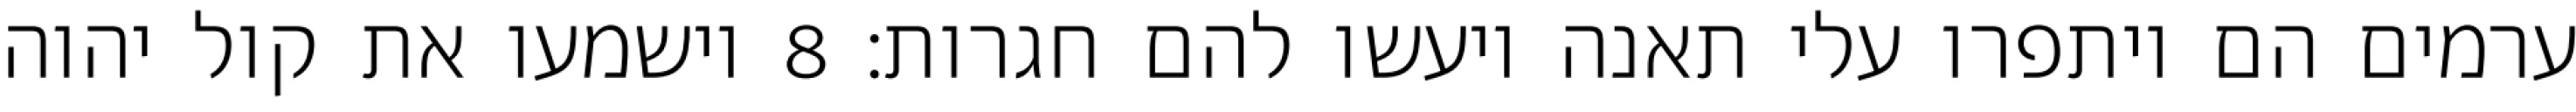
ערמים הם ויתפרו עלי תאנה ויעשו להם חגרות׃ ‎8‏ וישמעו את קול יהוה